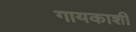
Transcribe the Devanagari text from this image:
गायकाशी